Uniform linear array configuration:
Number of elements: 32
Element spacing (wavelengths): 0.75
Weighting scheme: kaiser
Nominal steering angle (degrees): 15
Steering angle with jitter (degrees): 15.769
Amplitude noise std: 0.05
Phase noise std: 0.05

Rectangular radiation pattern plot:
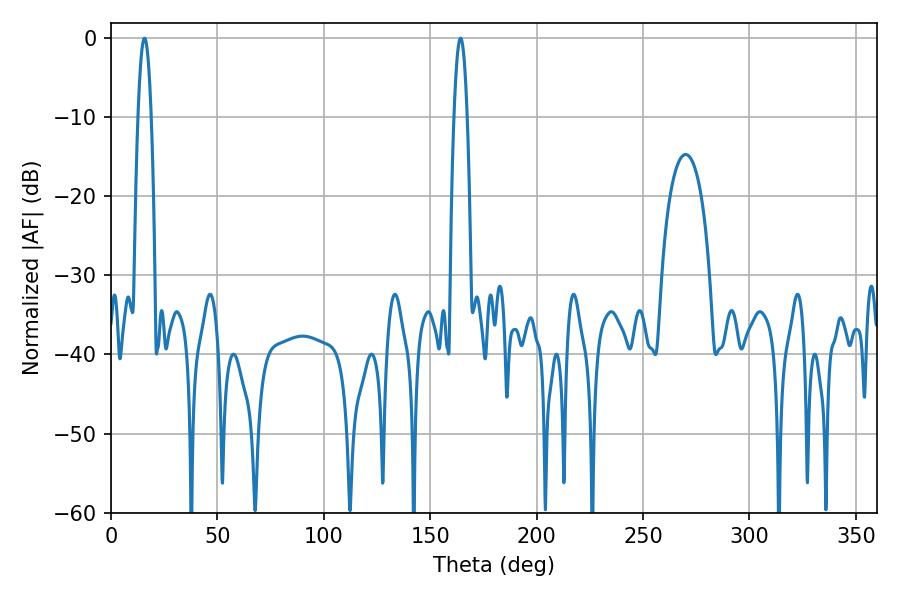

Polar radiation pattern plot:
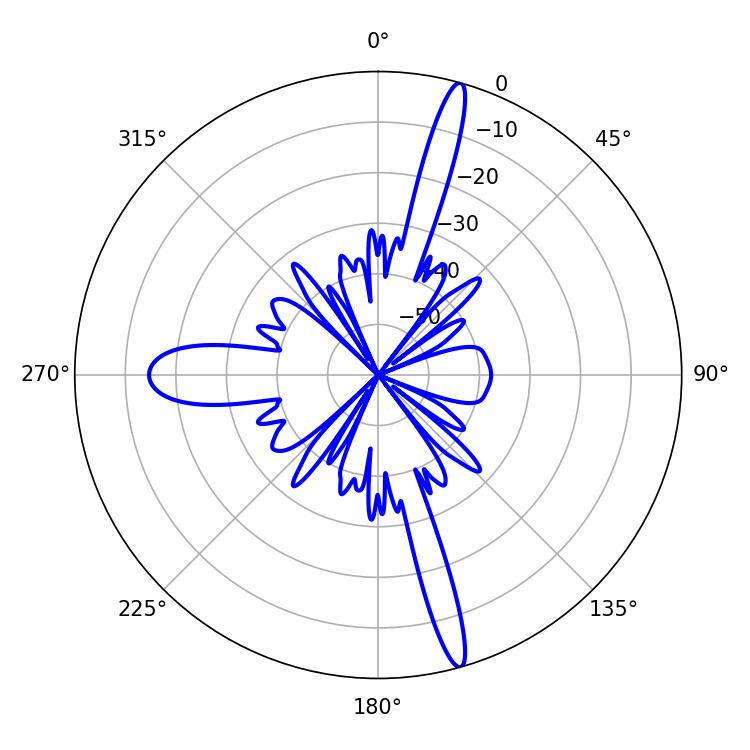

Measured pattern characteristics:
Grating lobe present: TRUE
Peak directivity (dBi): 18.478
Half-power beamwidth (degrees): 3.42
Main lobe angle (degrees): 164.16